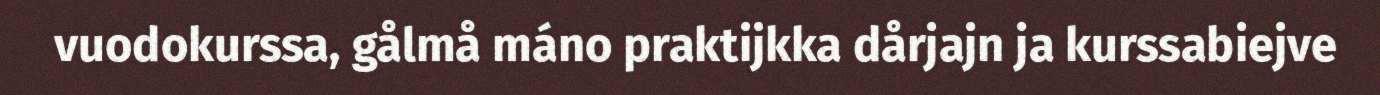
vuodokurssa, gålmå máno praktijkka dårjajn ja kurssabiejve